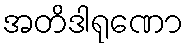
အတိဒါရုဏော